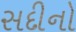
સદીનો